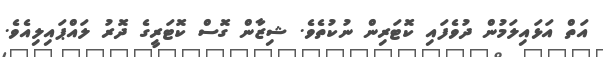
އަތް އަޅައިލަމުން ދުވެފައި ކޮޓަރިން ނުކުތެވެ. ޝިޒާން ގޮސް ކޮޓަރީގެ ދޮރު ލައްޕައިލިއެވެ.